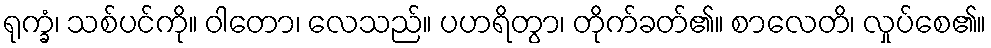
ရုက္ခံ၊ သစ်ပင်ကို။ ဝါတော၊ လေသည်။ ပဟရိတွာ၊ တိုက်ခတ်၏။ စာလေတိ၊ လှုပ်စေ၏။